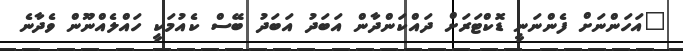
"އަހަންނަށް ފެންނަނީ ޑޮކްޓަރަށް ދައްކަންދާން އަބަދު އަބަދު ބޭސް ކެއުމަކީ ހައްލެއްނޫން ވެދާނެ